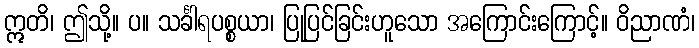
ဣတိ၊ ဤသို့။ ပ။ သင်္ခါရပစ္စယာ၊ ပြုပြင်ခြင်းဟူသော အကြောင်းကြောင့်။ ဝိညာဏံ၊